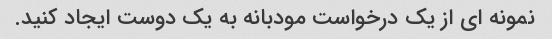
نمونه ای از یک درخواست مودبانه به یک دوست ایجاد کنید.